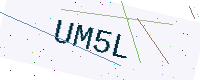
Text: UM5L